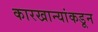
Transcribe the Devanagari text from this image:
कारखान्यांकडून